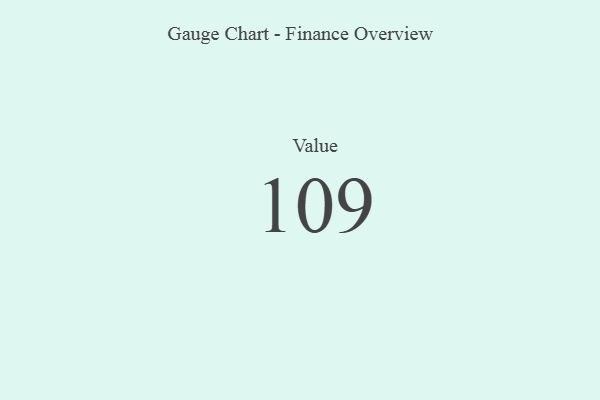
{"axis": {"x": "Metric", "y": "Value"}, "legend": [""], "data": [{"x": "Value", "y": 109, "type": ""}]}